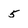
Character: 5